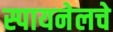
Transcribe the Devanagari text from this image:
स्पायनेलचे